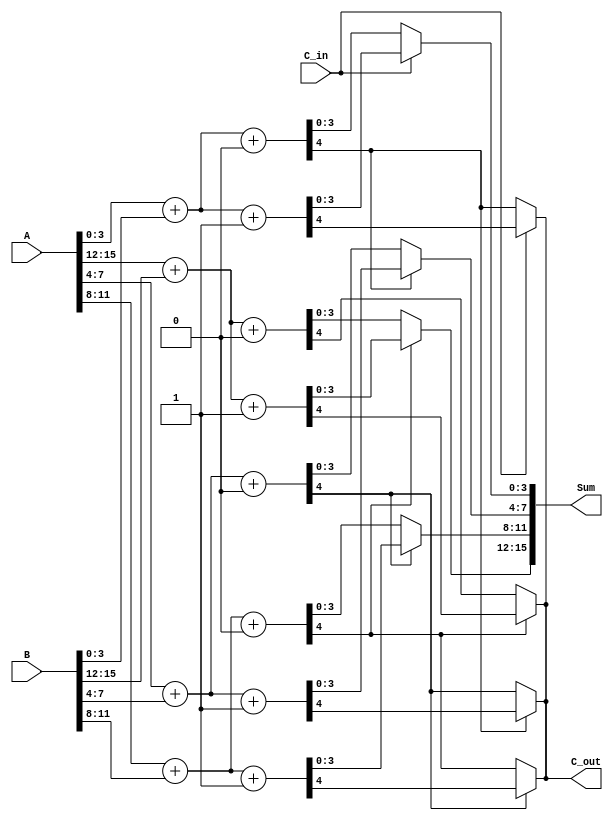
module carry_select_adder #(
    parameter N = 16, // Total bit-width (must be a multiple of K)
    parameter K = 4   // Segment size
)(
    input  [N-1:0] A,   // First operand
    input  [N-1:0] B,   // Second operand
    input  C_in,        // Carry-in
    output [N-1:0] Sum, // Sum output
    output C_out        // Carry-out
);

    // Number of segments
    localparam SEGMENTS = N / K;

    // Intermediate signals
    wire [K-1:0] sum0 [0:SEGMENTS-1]; // Sum when C_in = 0
    wire [K-1:0] sum1 [0:SEGMENTS-1]; // Sum when C_in = 1
    wire C_out0 [0:SEGMENTS-1];        // Carry-out when C_in = 0
    wire C_out1 [0:SEGMENTS-1];        // Carry-out when C_in = 1
    wire carry [0:SEGMENTS-1];         // Actual carry to select

    // Generate sums and carries for each segment
    genvar i;
    generate
        for (i = 0; i < SEGMENTS; i = i + 1) begin : segment
            wire [K-1:0] A_segment = A[(i*K)+:K];
            wire [K-1:0] B_segment = B[(i*K)+:K];

            // Full adders for C_in = 0
            assign {C_out0[i], sum0[i]} = A_segment + B_segment + 1'b0;

            // Full adders for C_in = 1
            assign {C_out1[i], sum1[i]} = A_segment + B_segment + 1'b1;

            // Carry selection
            if (i == 0) begin
                assign carry[i] = C_in;
            end else begin
                assign carry[i] = C_out0[i-1]; // Carry from previous segment
            end
        end
    endgenerate

    // MUX to select the correct sum and carry-out
    wire [K-1:0] selected_sum [0:SEGMENTS-1];
    wire selected_carry_out;

    generate
        for (i = 0; i < SEGMENTS; i = i + 1) begin : mux
            assign selected_sum[i] = carry[i] ? sum1[i] : sum0[i];
            assign selected_carry_out = carry[i] ? C_out1[i] : C_out0[i];
        end
    endgenerate

    // Concatenate the selected sums to form the final output
    assign Sum = {selected_sum[SEGMENTS-1], selected_sum[SEGMENTS-2], selected_sum[SEGMENTS-3], selected_sum[SEGMENTS-4]};
    assign C_out = selected_carry_out;

endmodule